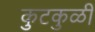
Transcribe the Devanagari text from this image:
कुटकुळी